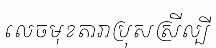
លេចមុខតារាប្រុសស្រីល្បី